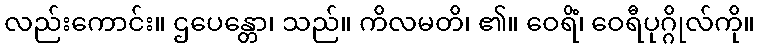
လည်းကောင်း။ ဌပေန္တော၊ သည်။ ကိလမတိ၊ ၏။ ဝေရိံ၊ ဝေရီပုဂ္ဂိုလ်ကို။